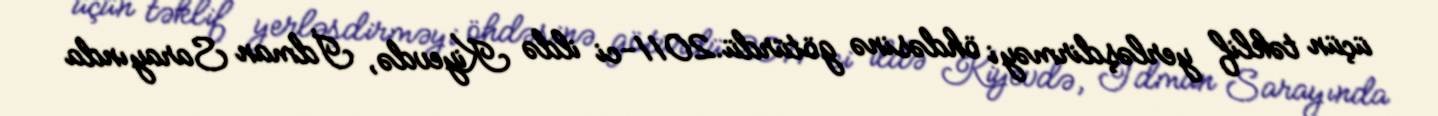
üçün təklif yerləşdirməyi öhdəsinə götürdü.2011-ci ildə Kiyevdə, İdman Sarayında